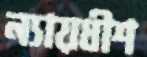
ন্যায়ধীশ